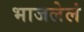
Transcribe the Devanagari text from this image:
भाजलेलं